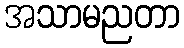
အသာမညတာ